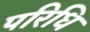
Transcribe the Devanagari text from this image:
परिधि